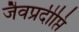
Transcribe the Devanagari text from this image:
जैवप्रदीप्ति